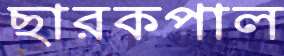
ছারকপাল